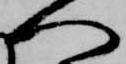
へ